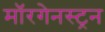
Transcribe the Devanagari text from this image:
मॉरगेनस्ट्रन